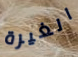
الغيرة